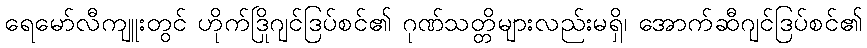
ရေမော်လီကျူးတွင် ဟိုက်ဒြိုဂျင်ဒြပ်စင်၏ ဂုဏ်သတ္တိများလည်းမရှိ၊ အောက်ဆီဂျင်ဒြပ်စင်၏